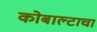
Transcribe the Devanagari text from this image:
कोबाल्टाचा